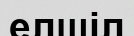
елшіл